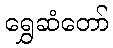
ရွှေဆံတော်